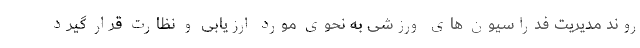
روند مدیریت فدراسیون های ورزشی به نحوی مورد ارزیابی و نظارت قرار گیرد